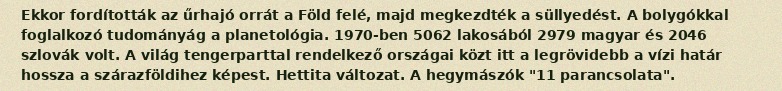
Ekkor fordították az űrhajó orrát a Föld felé, majd megkezdték a süllyedést. A bolygókkal foglalkozó tudományág a planetológia. 1970-ben 5062 lakosából 2979 magyar és 2046 szlovák volt. A világ tengerparttal rendelkező országai közt itt a legrövidebb a vízi határ hossza a szárazföldihez képest. Hettita változat. A hegymászók "11 parancsolata".